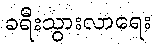
ခရီးသွားလာရေး